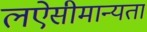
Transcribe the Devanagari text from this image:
लऐसीमान्यता